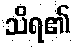
သိရ၏